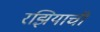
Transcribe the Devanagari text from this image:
रझियाची